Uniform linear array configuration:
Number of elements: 8
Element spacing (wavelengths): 1
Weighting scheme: hamming
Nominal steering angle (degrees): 0
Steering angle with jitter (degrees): -1.316
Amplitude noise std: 0.05
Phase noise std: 0.05

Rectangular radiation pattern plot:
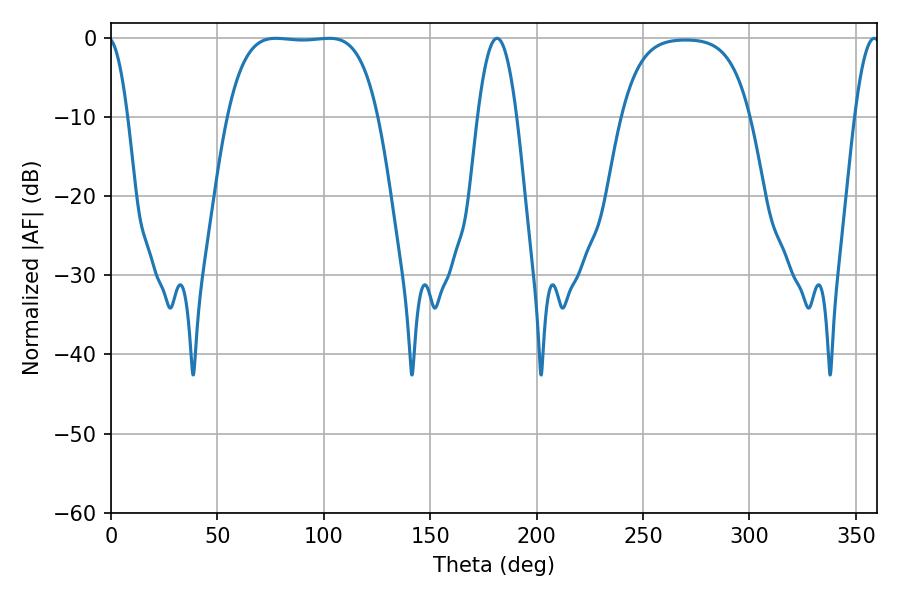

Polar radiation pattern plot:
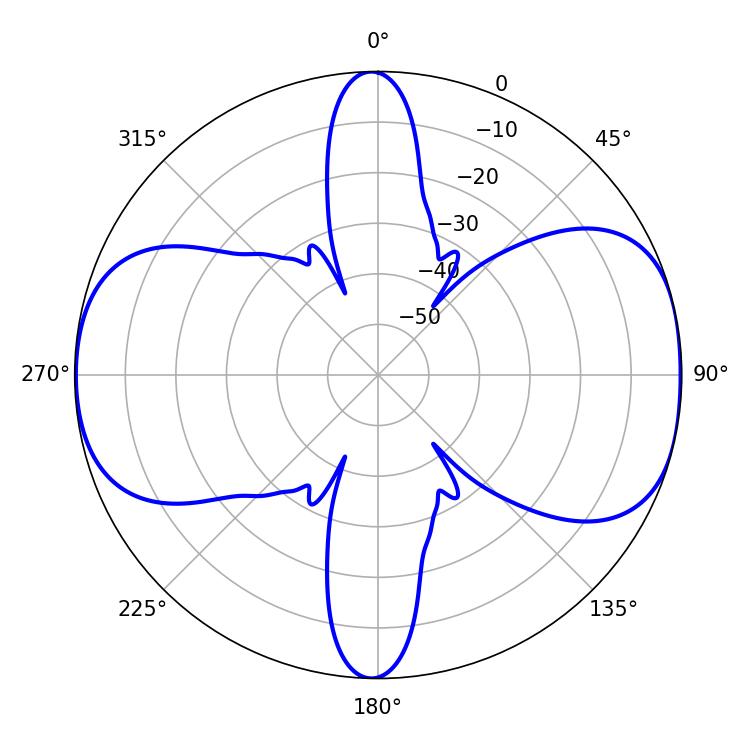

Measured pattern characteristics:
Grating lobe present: TRUE
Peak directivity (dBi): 9.521
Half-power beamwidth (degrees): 54.72
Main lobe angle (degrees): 77.4